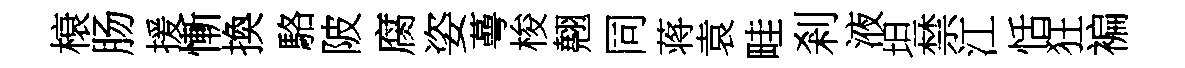
榱肠援慚換駱陂腐姿蕚梭翹同蒋袁畦剎液坦禁江恬狂褊